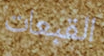
القبعات